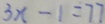
3 x - 1 = 7 7